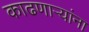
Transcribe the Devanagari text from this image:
काढणाऱ्यांना